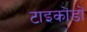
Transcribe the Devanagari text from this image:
टाइकोंडों